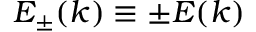
E _ { \pm } ( k ) \equiv \pm E ( k )